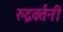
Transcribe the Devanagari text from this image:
रुद्रवर्तनी